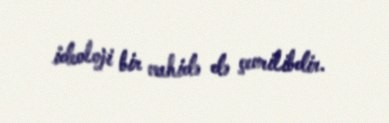
ideoloji bir vahidə də çevrilibdir.